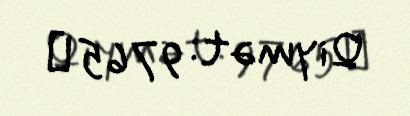
Qiymət: 9765 ₼